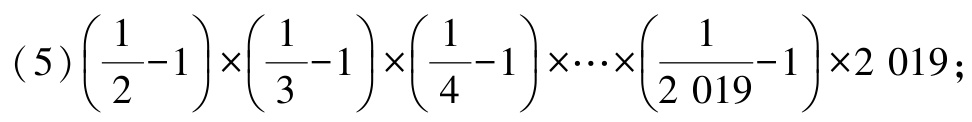
\((5)\left(\frac{1}{2}-1\right)\times\left(\frac{1}{3}-1\right)\times\left(\frac{1}{4}-1\right)\times\cdots\times\left(\frac{1}{2019}-1\right)\times2019\)